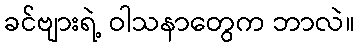
ခင်ဗျားရဲ့ ဝါသနာတွေက ဘာလဲ။